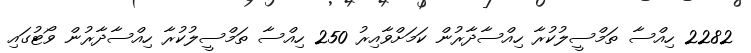
2282 ހިއްސާ ތަމްސީލުކުރާ ހިއްސާދާރުން ކަމަށްވާއިރު 250 ހިއްސާ ތަމްސީލުކުރާ ހިއްސާދާރުން ވޯޓުގައި